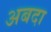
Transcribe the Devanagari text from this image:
अबदा